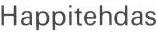
Happitehdas